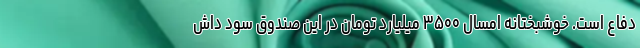
دفاع است. خوشبختانه امسال ۳۵۰۰ میلیارد تومان در این صندوق سود داش